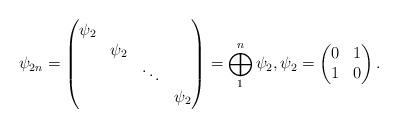
LaTeX: \begin{align*}\psi_{2n} = \begin{pmatrix}\psi_{2} \\ &\psi_{2} \\ && \ddots \\ &&&\psi_{2}\end{pmatrix} = \bigoplus_{1}^{n}\psi_{2}, \psi_{2} = \begin{pmatrix}0 & 1 \\1 & 0\end{pmatrix}.\end{align*}